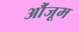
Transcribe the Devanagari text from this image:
औंजूम